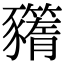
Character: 𧲗